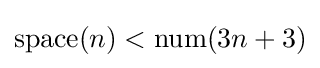
{\text{space}}(n)<{\text{num}}(3n+3)